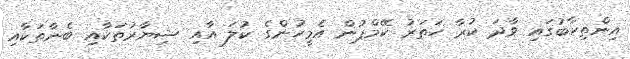
އިންތިހާބުގައި ވާދަ ކުރާ ހަތަރު ކޭމްޕުން އެމީހުންގެ ކުލަ އާއި ޝިޔާރުތަކާއި ބެނާތަކާއި